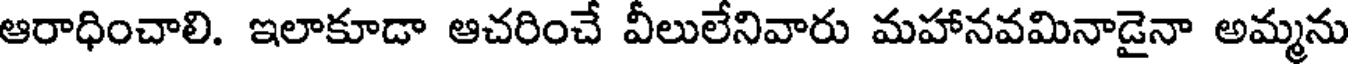
ఆరాధించాలి. ఇలాకూడా ఆచరించే వీలులేనివారు మహానవమినాడైనా అమ్మను